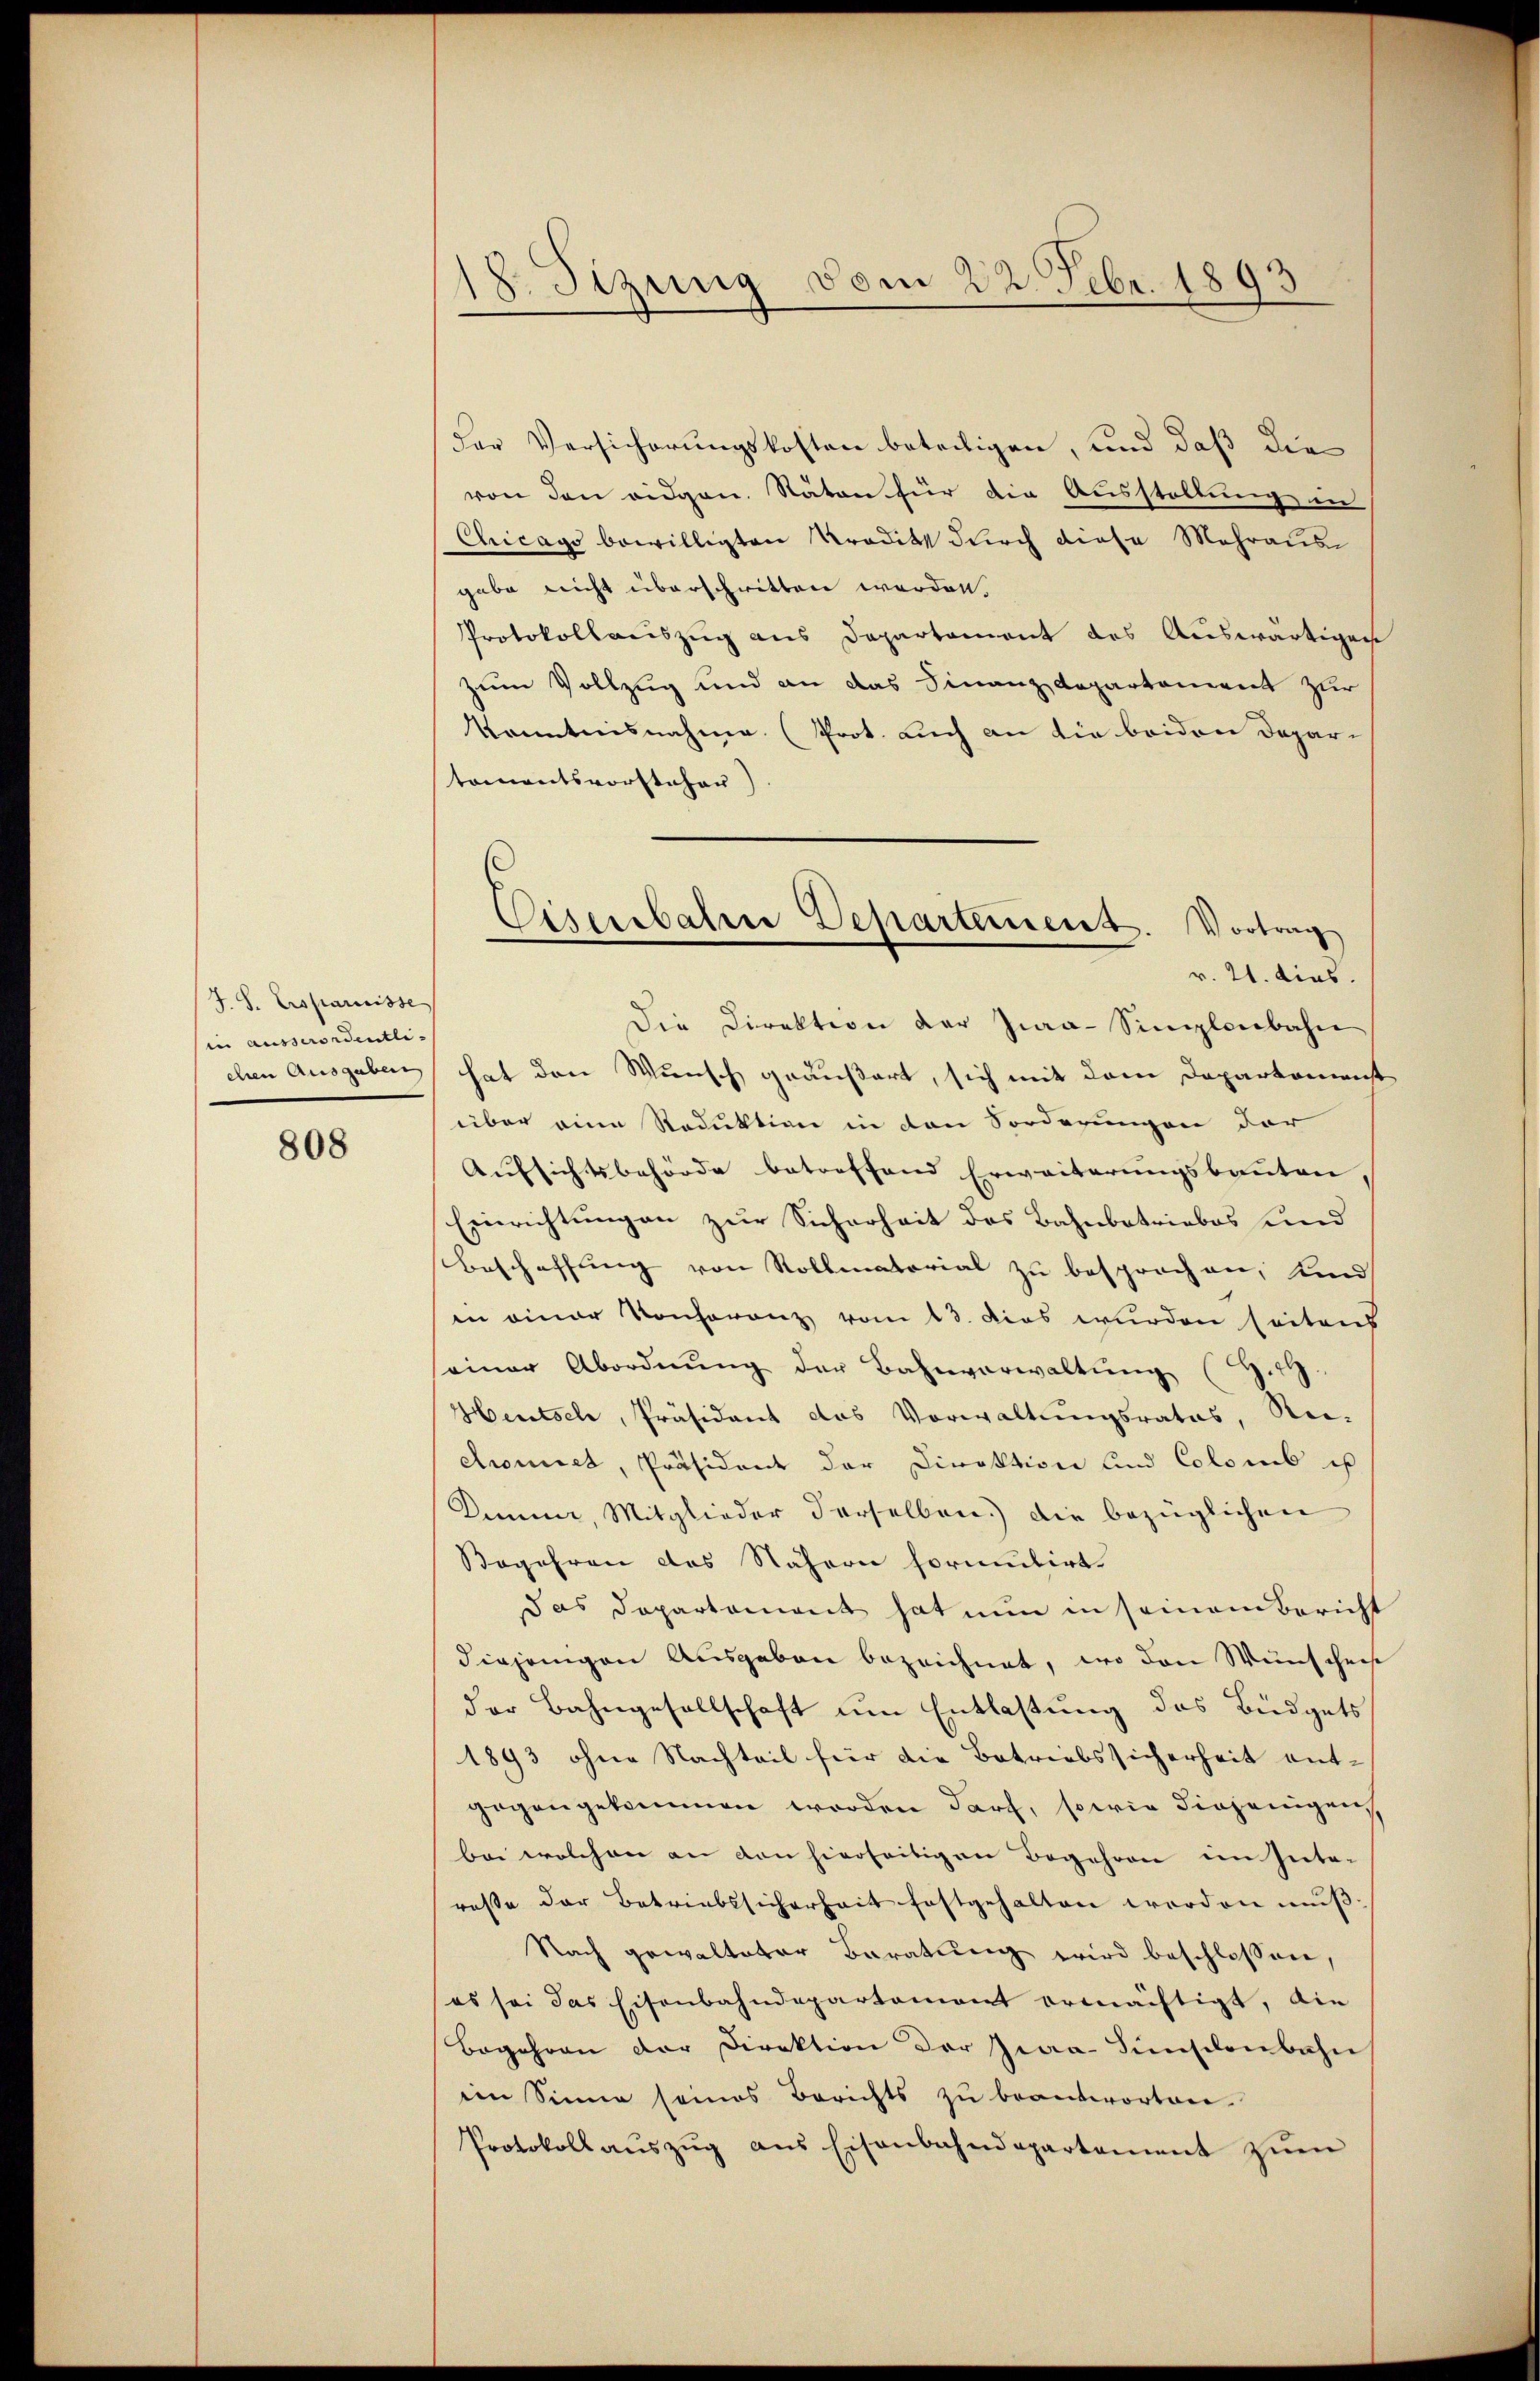
J.S. Ersparnisse
(in ausserordentli¬

808

s
18. Sizung vom 22. Febr. 189.

der Versicherungskosten beteitigen, und daß die
von den eidgen. Räten für die Ausstellung in
Chicago bewilligten Tradikt durch diese Mehraus
gabe nicht überschritten worden.
Protokollauszug aus Departement des Auswärtigen
zum Vollzug und an das Finanzdepartement zur
Kenntnisnahme (Prot. auch an die beiden Depar-
tomentsvorsteher)
Die Direktion der Jia-Simlenbahn
ehen Ausgaben hat den Wunsch geäußert, sich mit dem Departement
über eine Reduktion in den Forderungen der
Aufsichtsbehörde betreffend Erweiterungsbauten,
Einrichtungen zur Sicherheit des Bahnbetriebes und
Beschaffung von Rollmatorial zu besprochen, und
in einer Konferenz vom 13. dies wurden seitens
seiner Abordnŭng der Bahnverwaltŭng (Z.9.
Hentsch, Präsident das Vorwaltungsrates, Re-
Amiet, Präsident der Direktion und Colonis ist
Kumme, Mitglieder derselben.) Die bezüglichen
Begehren des Nähern formulirt.
das Departement hat nun in seinem Bericht
diejenigen Ausgaben bezeichnet, wo den Wunschen
der Bahngesellschaft um Entlastung des Büdgets
1893 ohne Nachteil für die Betriebssicherheit entgegengekommen worden darf, sowie diejenigen,
bei welchen an von hierseitigen Begehren im Interasse der Betriebssicherheit festgehalten werden muß,
Nach gewalteter Baratung wird beschlossen,
(es sei das Eisenbahndepartement ermächtigt, die
Begehren der Direktion der Zwa-Fünschenbahn
im Sinne seines Berichts zu beantworten.
Protokoll aŭszŭg aŭs Eisenbahndepartement zŭen

Eisenbahre Departement. Vortrag
r. 21. dies